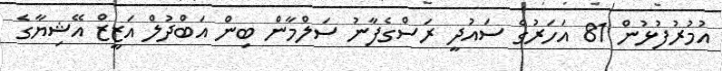
އުމުރުފުޅުން 81 އަހަރުގެ ސައުދީ ރަސްގެފާނު ސަލްމާން ބިން އަބްދުލް އަޒީޒް އޭޝިޔާގެ